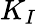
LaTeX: K_{I}